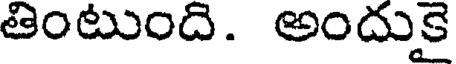
తింటుంది. అందుకై